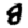
Digit: 8